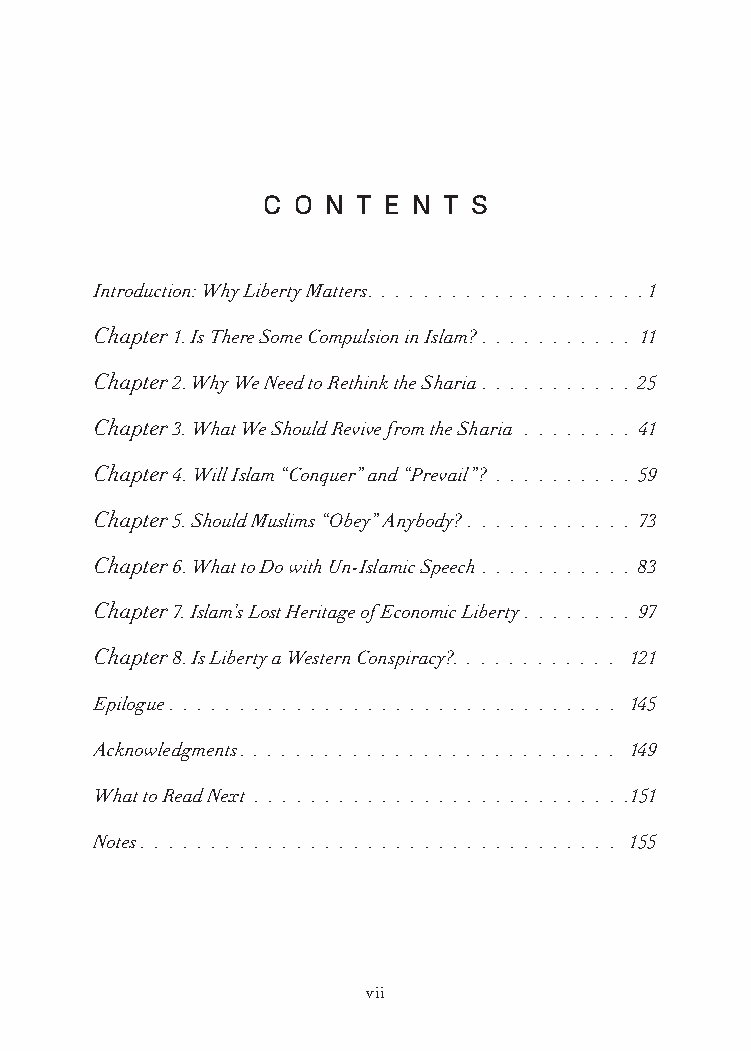
C O N T E N T S
 Introduction: Why Liberty Matters .  .  .  .  .  .  .  .  .  .  .  .  .  .  .  .  .  .  .  . 1
 Chapter 1 . Is There Some Compulsion in Islam?  .  .  .  .  .  .  .  .  .  .  . 11
 Chapter 2 . Why We Need to Rethink the Sharia  .  .  .  .  .  .  .  .  .  .  . 25
 Chapter 3 . What We Should Revive from the Sharia  .  .  .  .  .  .  .  . 41
 Chapter 4 . Will Islam “Conquer” and “Prevail”?  .  .  .  .  .  .  .  .  .  . 59
 Chapter 5 . Should Muslims “Obey” Anybody?  .  .  .  .  .  .  .  .  .  .  .  . 73
 Chapter 6 . What to Do with Un-Islamic Speech  .  .  .  .  .  .  .  .  .  .  . 83
 Chapter 7 . Islam’s Lost Heritage of Economic Liberty  .  .  .  .  .  .  .  . 97
 Chapter 8 . Is Liberty a Western Conspiracy? .  .  .  .  .  .  .  .  .  .  .  . 121
 Epilogue  .  .  .  .  .  .  .  .  .  .  .  .  .  .  .  .  .  .  .  .  .  .  .  .  .  .  .  .  .  .  .  . 145
 Acknowledgments .  .  .  .  .  .  .  .  .  .  .  .  .  .  .  .  .  .  .  .  .  .  .  .  .  .  . 149
 What to Read Next  .  .  .  .  .  .  .  .  .  .  .  .  .  .  .  .  .  .  .  .  .  .  .  .  .  .  .151
 Notes  .  .  .  .  .  .  .  .  .  .  .  .  .  .  .  .  .  .  .  .  .  .  .  .  .  .  .  .  .  .  .  .  .  . 155
 vii
 25320_Ch00_FM.indd 7                     6/25/21 4:57 AM